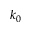
k _ { 0 }